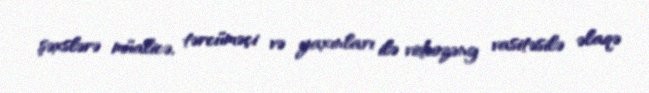
şəxslərə müalicə, tərcüməçi və yaxınları ilə videozəng vasitəsilə əlaqə